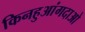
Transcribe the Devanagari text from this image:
किनहुआंगदाओ